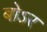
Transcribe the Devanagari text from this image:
बोऽर